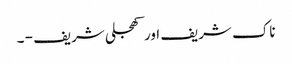
ناک شریف اور کھجلی شریف - ۔